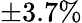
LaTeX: \pm 3.7\%